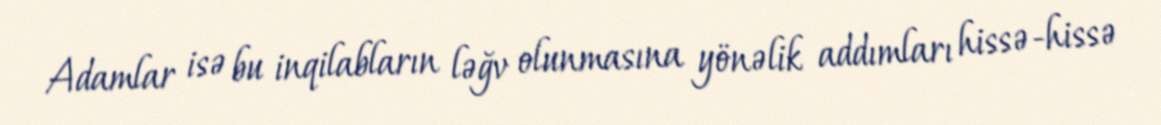
Adamlar isə bu inqilabların ləğv olunmasına yönəlik addımları hissə-hissə